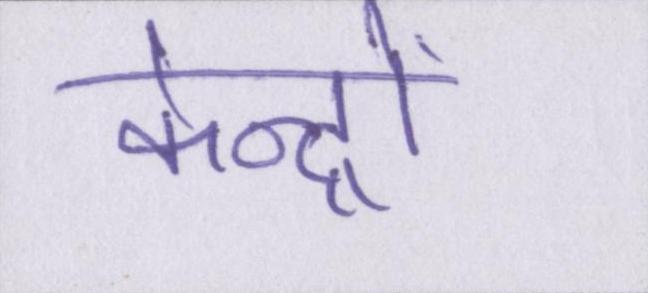
केन्द्रों